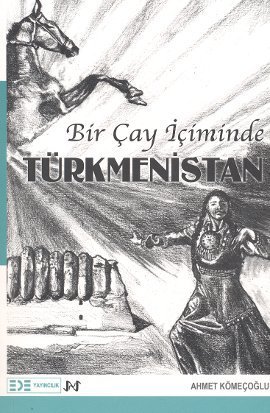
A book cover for Bir Cay Iciminde Turkmenistan; Ahmet Komecoglu; Travel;